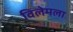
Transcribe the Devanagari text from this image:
विलेमला